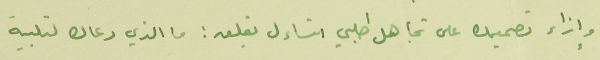
وإزاء تصميده على تجاهل طلبي اتساءل بقلق : ما الذي دعاك لتلبية